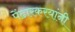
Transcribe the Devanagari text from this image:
पेंढारकरयांनी